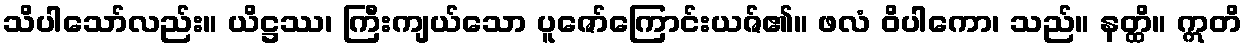
သိပါသော်လည်း။ ယိဋ္ဌဿ၊ ကြီးကျယ်သော ပူဇော်ကြောင်းယဇ်၏။ ဖလံ ဝိပါကော၊ သည်။ နတ္ထိ။ ဣတိ